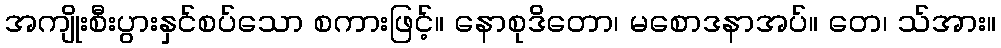
အကျိုးစီးပွားနှင်စပ်သော စကားဖြင့်။ နောစုဒိတော၊ မစောဒနာအပ်။ တေ၊ သ်အား။